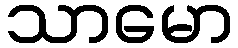
သာမော